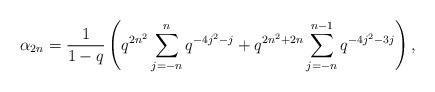
LaTeX: \begin{align*} \alpha_{2n} = \frac{1}{1-q}\left(q^{2n^2}\sum_{j=-n}^{n}q^{-4j^2-j} + q^{2n^2+2n}\sum_{j=-n}^{n-1}q^{-4j^2-3j}\right), \end{align*}